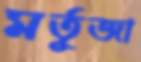
মর্তূজা